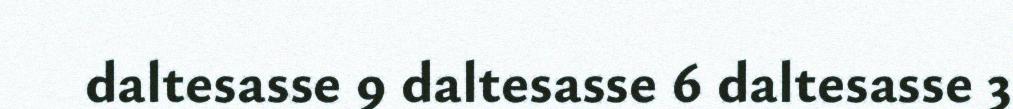
daltesasse 9 daltesasse 6 daltesasse 3